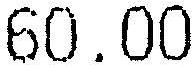
60.00